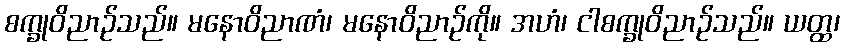
စက္ခုဝိညာဉ်သည်။ မနောဝိညာဏံ၊ မနောဝိညာဉ်ကို။ အဟံ၊ ငါစက္ခုဝိညာဉ်သည်။ ယတ္ထ၊